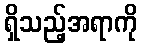
ရှိသည့်အရာကို